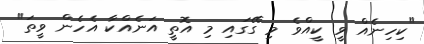
"ކިހިނެއް ވީ ކީއްވެ މި ގޭގައި މި އޮތީ އަނެއްކާ އެހެން ވީތަ"